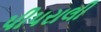
પીપરાલી